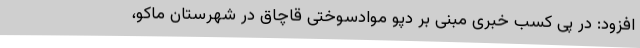
افزود: در پی کسب خبری مبنی بر دپو موادسوختی قاچاق در شهرستان ماکو،